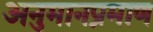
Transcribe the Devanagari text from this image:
अनुमानप्रमाण